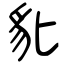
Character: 豼